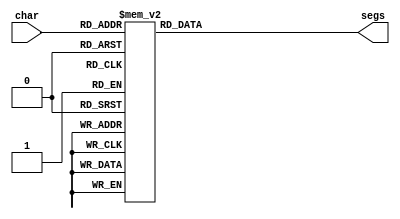
/*
   This file was generated automatically by Alchitry Labs version 1.2.1.
   Do not edit this file directly. Instead edit the original Lucid source.
   This is a temporary file and any changes made to it will be destroyed.
*/

module seven_seg_17 (
    input [3:0] char,
    output reg [6:0] segs
  );
  
  
  
  always @* begin
    
    case (char)
      1'h0: begin
        segs = 7'h40;
      end
      1'h1: begin
        segs = 7'h79;
      end
      2'h2: begin
        segs = 7'h24;
      end
      2'h3: begin
        segs = 7'h30;
      end
      3'h4: begin
        segs = 7'h19;
      end
      3'h5: begin
        segs = 7'h12;
      end
      3'h6: begin
        segs = 7'h02;
      end
      3'h7: begin
        segs = 7'h78;
      end
      4'h8: begin
        segs = 7'h00;
      end
      4'h9: begin
        segs = 7'h18;
      end
      4'ha: begin
        segs = 7'h3f;
      end
      4'hb: begin
        segs = 7'h08;
      end
      default: begin
        segs = 7'h7f;
      end
    endcase
  end
endmodule